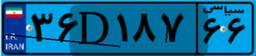
۳۶D۱۸۷۶۶